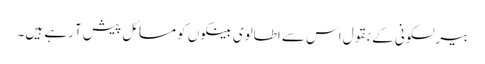
بیرلسکونی کے بقول اس سے اطالوی بینکوں کو مسائل پیش آ رہے ہیں۔